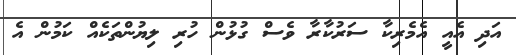
އަދި އެއީ އެމެރިކާ ސަރުކާރާ ވެސް ގުޅުން ހުރި ލިޔުންތަކެއް ކަމުން އެ